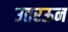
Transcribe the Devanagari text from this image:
उतरऊन